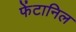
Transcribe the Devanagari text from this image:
फेंटानिल